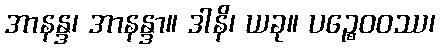
အာနန္ဒ၊ အာနန္ဒာ။ ဒါနိ၊ ယခု။ ပဉ္စေဝဝဿ၊